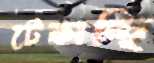
টেকাচ্ছি